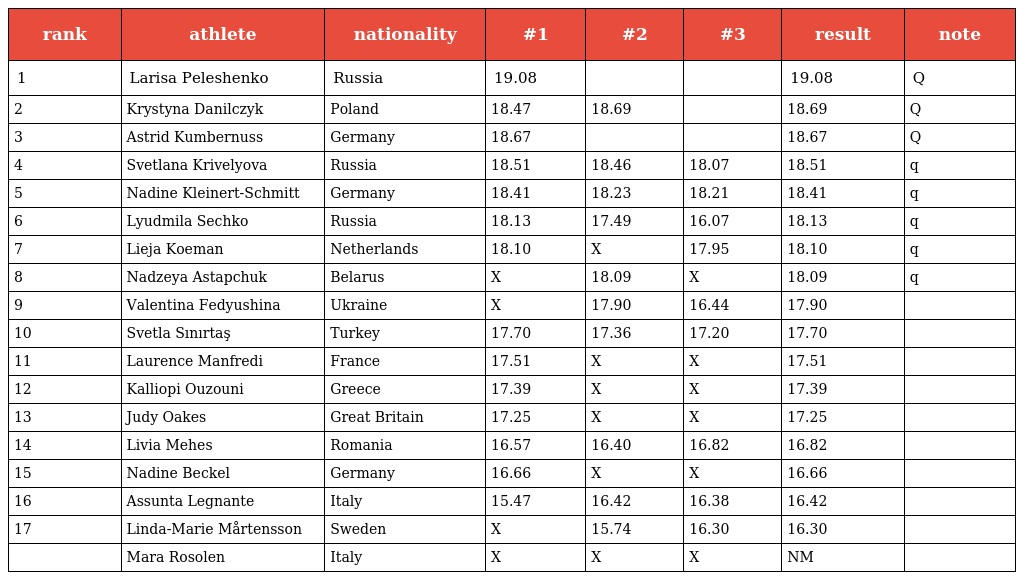
| rank | athlete | nationality | #1 | #2 | #3 | result | note |
 | --- | --- | --- | --- | --- | --- | --- | --- |
 | 1 | Larisa Peleshenko | Russia | 19.08 |  |  | 19.08 | Q |
 | 2 | Krystyna Danilczyk | Poland | 18.47 | 18.69 |  | 18.69 | Q |
 | 3 | Astrid Kumbernuss | Germany | 18.67 |  |  | 18.67 | Q |
 | 4 | Svetlana Krivelyova | Russia | 18.51 | 18.46 | 18.07 | 18.51 | q |
 | 5 | Nadine Kleinert-Schmitt | Germany | 18.41 | 18.23 | 18.21 | 18.41 | q |
 | 6 | Lyudmila Sechko | Russia | 18.13 | 17.49 | 16.07 | 18.13 | q |
 | 7 | Lieja Koeman | Netherlands | 18.10 | X | 17.95 | 18.10 | q |
 | 8 | Nadzeya Astapchuk | Belarus | X | 18.09 | X | 18.09 | q |
 | 9 | Valentina Fedyushina | Ukraine | X | 17.90 | 16.44 | 17.90 |  |
 | 10 | Svetla Sınırtaş | Turkey | 17.70 | 17.36 | 17.20 | 17.70 |  |
 | 11 | Laurence Manfredi | France | 17.51 | X | X | 17.51 |  |
 | 12 | Kalliopi Ouzouni | Greece | 17.39 | X | X | 17.39 |  |
 | 13 | Judy Oakes | Great Britain | 17.25 | X | X | 17.25 |  |
 | 14 | Livia Mehes | Romania | 16.57 | 16.40 | 16.82 | 16.82 |  |
 | 15 | Nadine Beckel | Germany | 16.66 | X | X | 16.66 |  |
 | 16 | Assunta Legnante | Italy | 15.47 | 16.42 | 16.38 | 16.42 |  |
 | 17 | Linda-Marie Mårtensson | Sweden | X | 15.74 | 16.30 | 16.30 |  |
 |  | Mara Rosolen | Italy | X | X | X | NM |  |